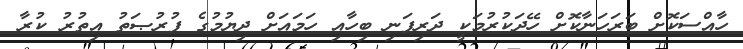
ހާއްސަކޮށް ބަރަހަނާކޮށް ހޭދަކުރުމަކީ ދަރިފަނި ބިހާއި ހަމައަށް ދިޔުމުގެ ފުރުޞަތު އިތުރު ކުރާ